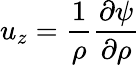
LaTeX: u_{z}=\frac{1}{\rho}\frac{\partial\psi}{\partial\rho}